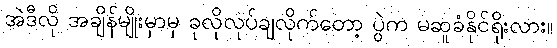
အဲဒီလို အချိန်မျိုးမှာမှ ခုလိုလုပ်ချလိုက်တော့ ပွဲက မဆူခံနိုင်ရိုးလား။